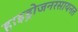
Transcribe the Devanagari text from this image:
हाइड्रोजनरसायनत